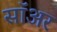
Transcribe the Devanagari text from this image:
सॉअर